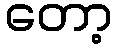
တော့